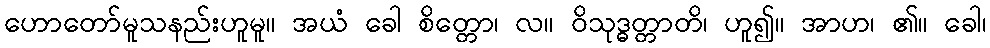
ဟောတော်မူသနည်းဟူမူ။ အယံ ခေါ စိတ္တော၊ လ။ ဝိသုဒ္ဓတ္တာတိ၊ ဟူ၍။ အာဟ၊ ၏။ ခေါ၊